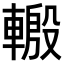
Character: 𨍪